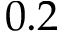
0 . 2